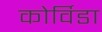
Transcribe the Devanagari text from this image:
कोर्विडा